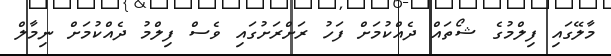
މާލޭގައި ފިލްމުގެ ޝޯތައް ދެއްކުމަށް ފަހު ރަށްރަށުގައި ވެސް ފިލްމު ދެއްކުމަށް ނިމާލް